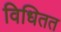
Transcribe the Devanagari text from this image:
विधितत